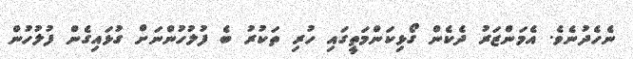
ނެހެދުނެވެ. އެމަންޒަރު ދެކެން ގޯޅިކަންމަތީގައި ހުރި ތަކުރު ބެ ފުލުހުންނަށް ގުޅައިގެން ފުލުހުން